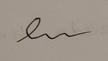
Signature authenticity: forged